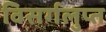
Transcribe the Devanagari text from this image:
विसर्गलुप्त